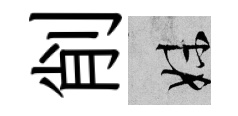
削妹